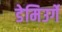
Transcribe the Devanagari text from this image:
डेमिउर्गे